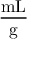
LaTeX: \frac { \mathrm { m L } } { \mathrm { g } }